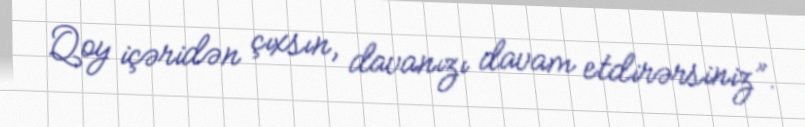
Qoy içəridən çıxsın, davanızı davam etdirərsiniz”.